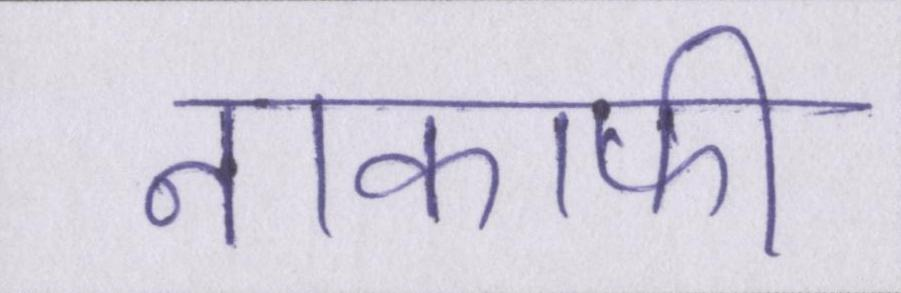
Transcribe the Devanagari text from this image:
नाकाफी